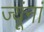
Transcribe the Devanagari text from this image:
ज्यूंनां